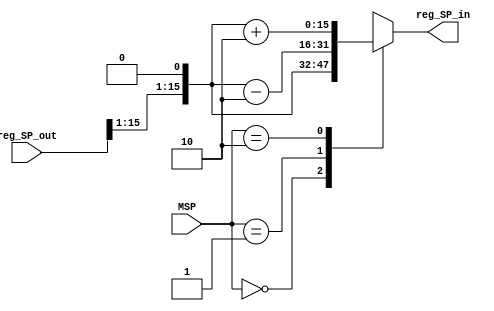
// `include "msp430_ops.vh"
module mux_sp
  (input [15:0]  reg_SP_out,
   input [1:0]   MSP, // From instruction decoder
   output [15:0] reg_SP_in);
   
   wire [15:0] SP_force_even = {reg_SP_out[15:1],1'b0};

   wire [47:0] mux_ins_flat = {SP_force_even+2'd2,
                               SP_force_even-2'd2,
                               SP_force_even};
   
   wire [15:0] mux_ins_deep [2:0];
   genvar      i;
   assign reg_SP_in = mux_ins_deep[MSP];
   for (i=0;i<3;i=i+1)
     begin
        assign mux_ins_deep[i] = mux_ins_flat[16*(i+1)-1:16*i];
     end


endmodule